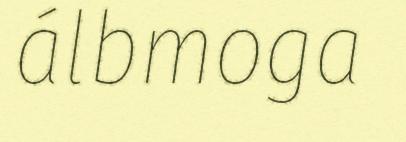
álbmoga